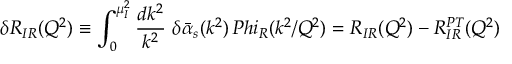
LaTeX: \delta R _ { I R } ( Q ^ { 2 } ) \equiv \int _ { 0 } ^ { \mu _ { I } ^ { 2 } } { \frac { d k ^ { 2 } } { k ^ { 2 } } } \ \delta \bar { \alpha } _ { s } ( k ^ { 2 } ) \, P h i _ { R } ( k ^ { 2 } / Q ^ { 2 } ) = R _ { I R } ( Q ^ { 2 } ) - R _ { I R } ^ { P T } ( Q ^ { 2 } )